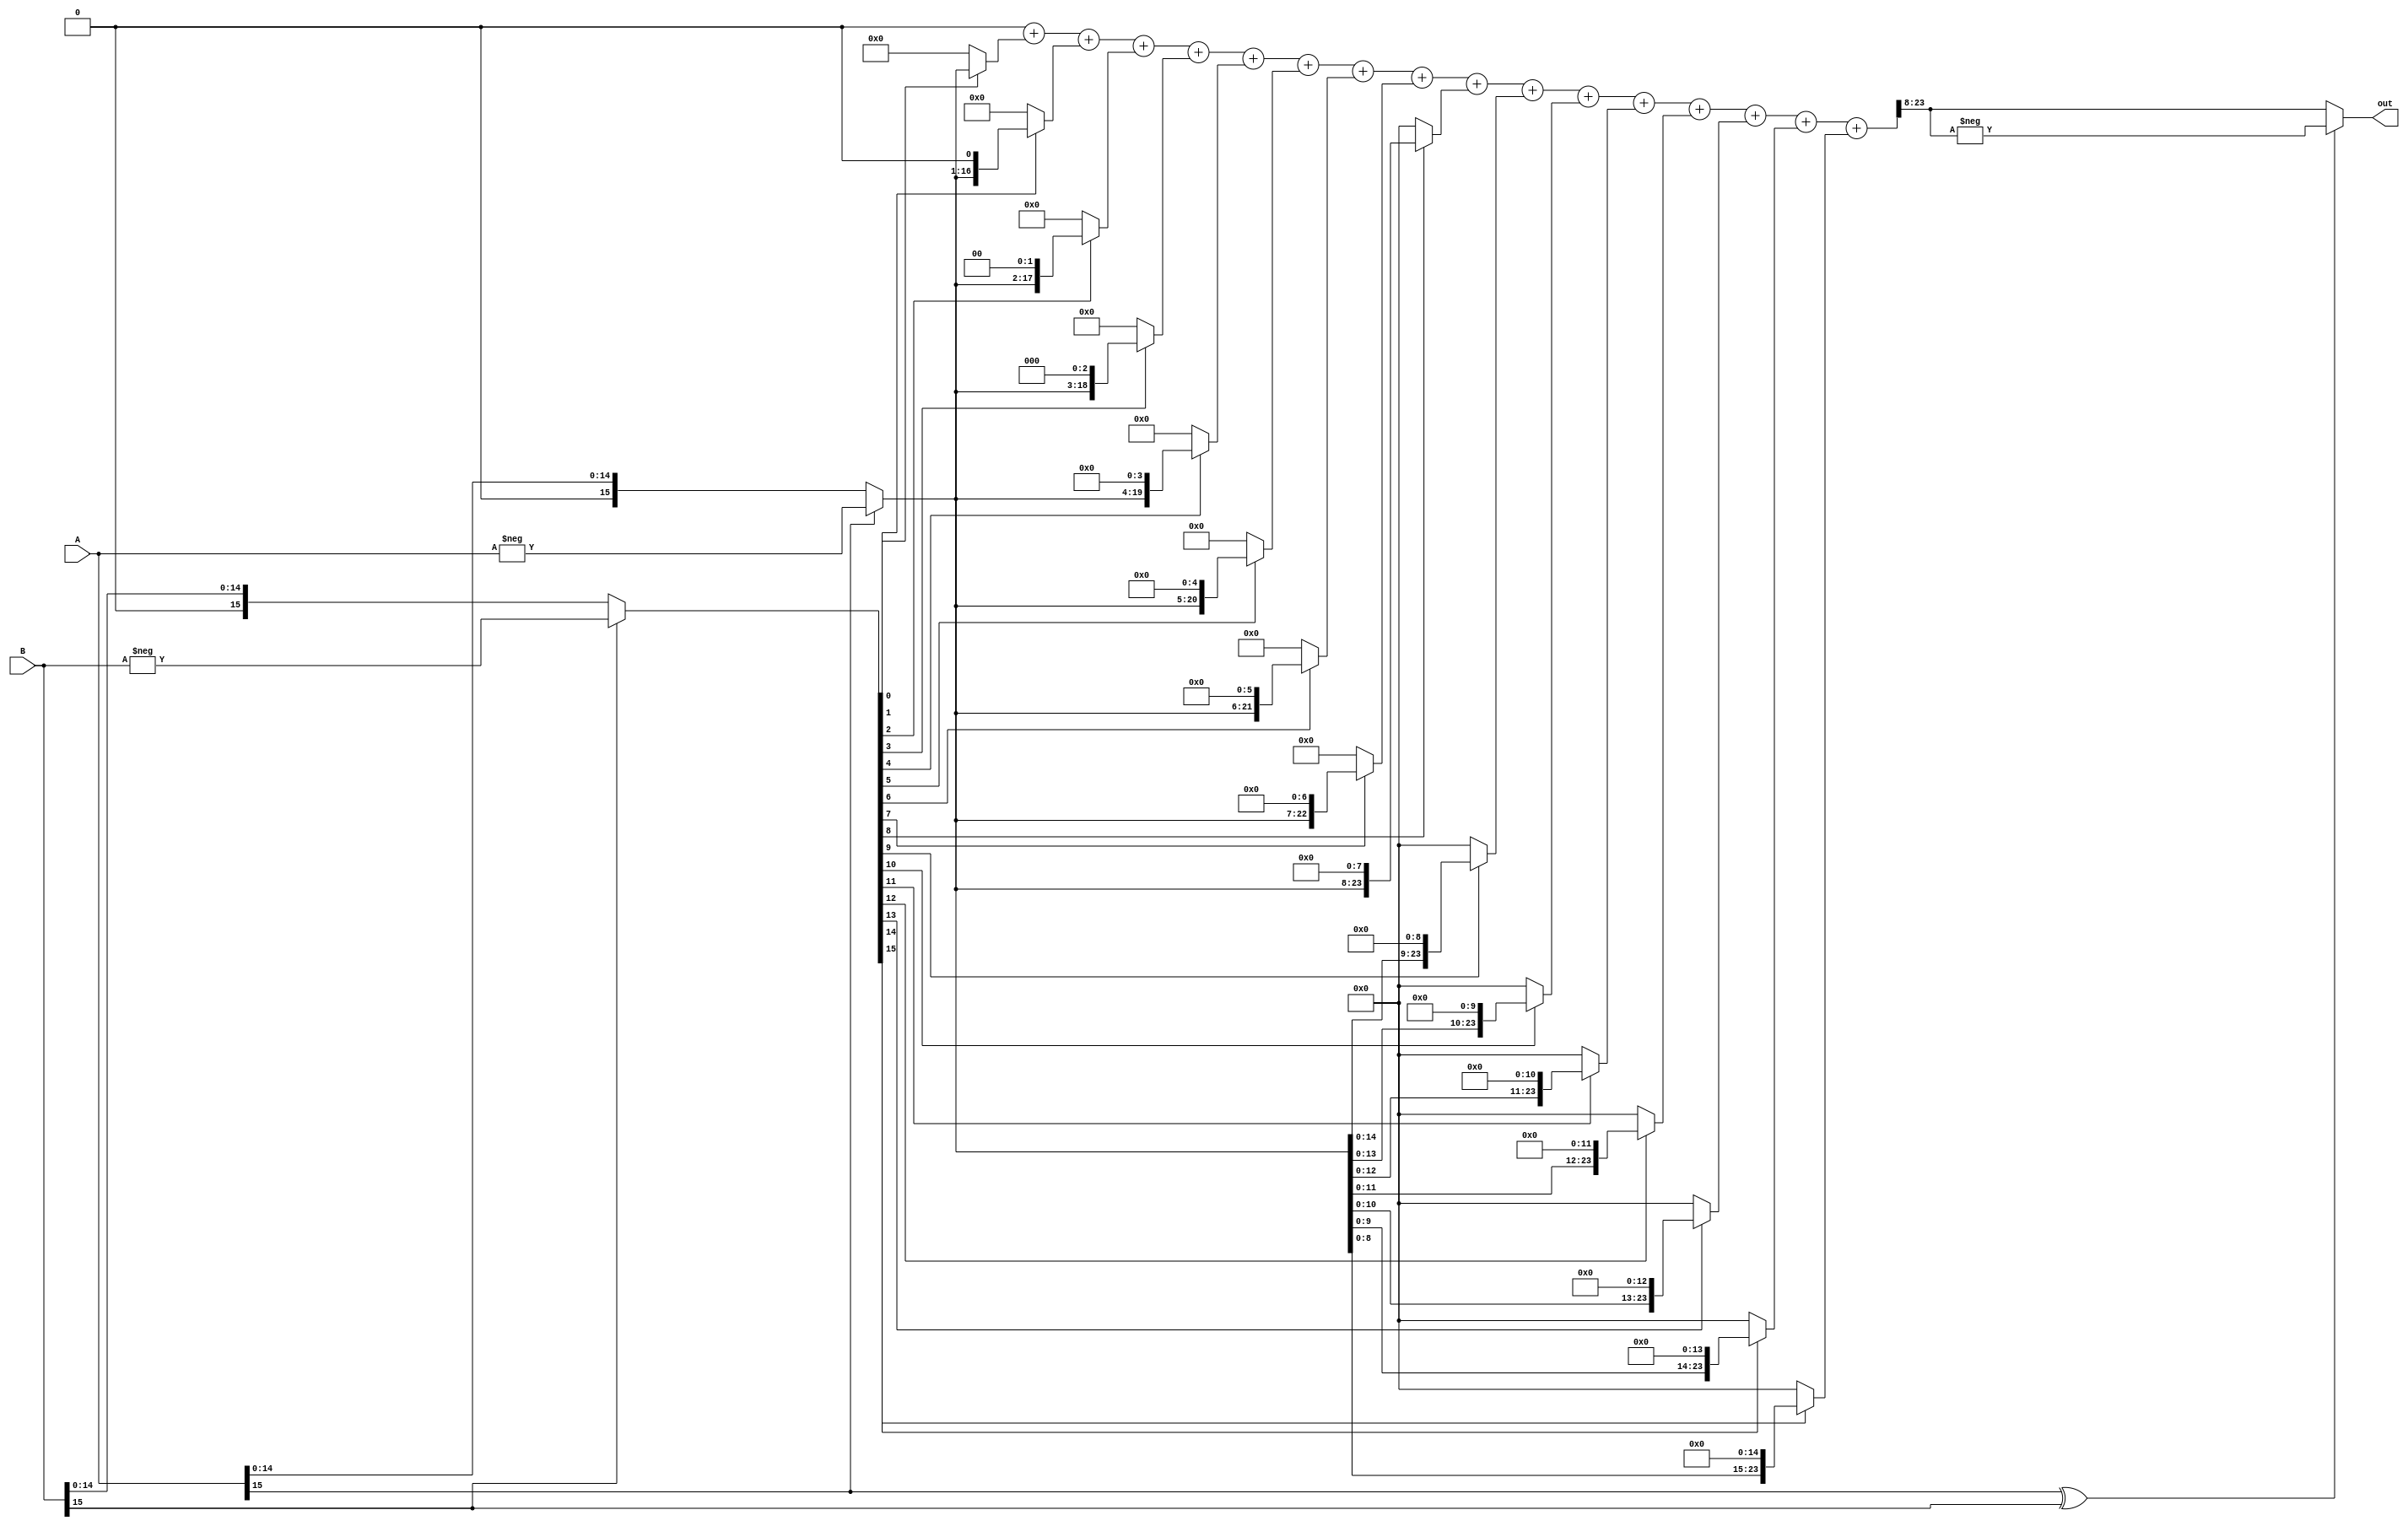
module MUL_FIX_POINT_FLOAT ( A, B, out ) ;
parameter width = 16;
input  [width:1] A,B;
output [width:1] out ;
genvar i;
parameter half      = width/2;
parameter half_mask = ((1<<(half+1))-1);
parameter top_mask  = half_mask << (half);
wire [width:1] A2,B2;
wire [2*width:1] temp;
wire [1:1] flag;
assign flag = A[width] ^ B[width];
assign A2 = A[width] ? -A : A;
assign B2 = B[width] ? -B : B;
assign temp = (
    0
    + ( (B2[ 1]) ? A2 << (  1 - 1 ) : 0 )
    + ( (B2[ 2]) ? A2 << (  2 - 1 ) : 0 )
    + ( (B2[ 3]) ? A2 << (  3 - 1 ) : 0 )
    + ( (B2[ 4]) ? A2 << (  4 - 1 ) : 0 )
    + ( (B2[ 5]) ? A2 << (  5 - 1 ) : 0 )
    + ( (B2[ 6]) ? A2 << (  6 - 1 ) : 0 )
    + ( (B2[ 7]) ? A2 << (  7 - 1 ) : 0 )
    + ( (B2[ 8]) ? A2 << (  8 - 1 ) : 0 )
    + ( (B2[ 9]) ? A2 << (  9 - 1 ) : 0 )
    + ( (B2[10]) ? A2 << ( 10 - 1 ) : 0 )
    + ( (B2[11]) ? A2 << ( 11 - 1 ) : 0 )
    + ( (B2[12]) ? A2 << ( 12 - 1 ) : 0 )
    + ( (B2[13]) ? A2 << ( 13 - 1 ) : 0 )
    + ( (B2[14]) ? A2 << ( 14 - 1 ) : 0 )
    + ( (B2[15]) ? A2 << ( 15 - 1 ) : 0 )
    + ( (B2[16]) ? A2 << ( 16 - 1 ) : 0 )
);
assign out = flag[1] ? -temp[width+half+1:half+1] : temp[width+half+1:half+1];
endmodule